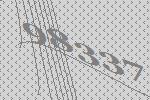
98337